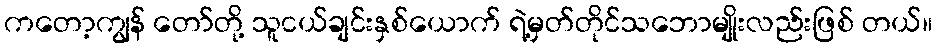
ကတော့ကျွန် တော်တို့ သူငယ်ချင်းနှစ်ယောက် ရဲ့မှတ်တိုင်သဘောမျိုးလည်းဖြစ် တယ်။